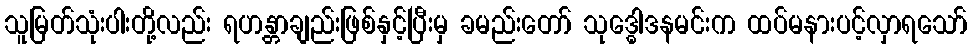
သူမြတ်သုံးပါးတို့လည်း ရဟန္တာချည်းဖြစ်နှင့်ပြီးမှ ခမည်းတော် သုဒ္ဓေါဒနမင်းက ထပ်မနားပင့်လှာရသော်